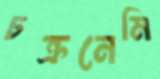
চক্রনেমি